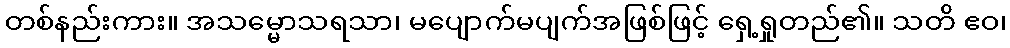
တစ်နည်းကား။ အသမ္မောသရသာ၊ မပျောက်မပျက်အဖြစ်ဖြင့် ရှေ့ရှုတည်၏။ သတိ ဧဝ၊